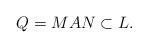
LaTeX: \begin{gather*}Q=MAN \subset L .\end{gather*}